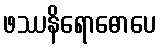
ဖဿနိရောဓောပေ